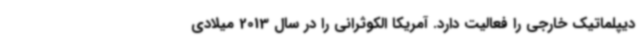
دیپلماتیک خارجی را فعالیت دارد. آمریکا الکوثرانی را در سال 2013 میلادی